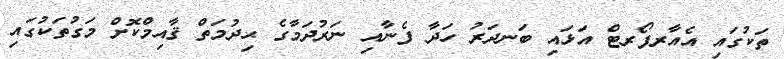
ތަކުގައި އެއާރޕޯރޓް އަޅައި ބަނދަރު ހަދާ ފެނާއި ނަރުދަމާގެ ޙިދުމަތް ޤާއިމްކޮށް މަގުތަކުގައި